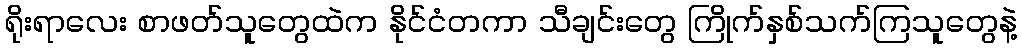
ရိုးရာလေး စာဖတ်သူတွေထဲက နိုင်ငံတကာ သီချင်းတွေ ကြိုက်နှစ်သက်ကြသူတွေနဲ့